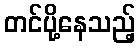
တင်ပို့နေသည့်